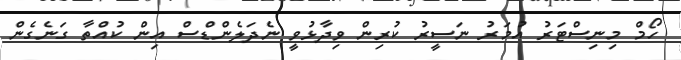
ހޯމް މިނިސްޓަރު އުމަރު ނަސީރު ކުރިން ވިދާޅުވީ ނެދަލެންޑްސް އިން ކުއްތާ ގަނެގެން